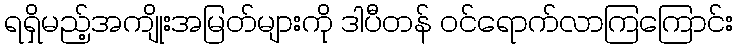
ရရှိမည့်အကျိုးအမြတ်များကို ဒါပီတန် ဝင်ရောက်လာကြကြောင်း